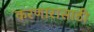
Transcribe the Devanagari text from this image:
करणारासाठी